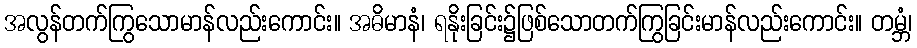
အလွန်တက်ကြွသောမာန်လည်းကောင်း။ အဓိမာနံ၊ ရနိုးခြင်း၌ဖြစ်သောတက်ကြွခြင်းမာန်လည်းကောင်း။ တမ္ဘံ၊